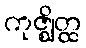
ကုဇ္ဈိတ္ထ